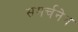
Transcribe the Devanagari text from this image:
समर्चनेन